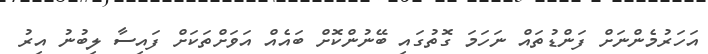
އަހަރުމެންނަށް ފަންޑުތައް ނަހަމަ ގޮތުގައި ބޭނުންކޮށް ބައެއް އަވަށްތަކަށް ފައިސާ ލިބުނު އިރު